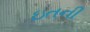
ઇતની